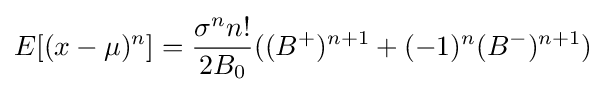
E[(x-\mu )^{n}]={\frac {\sigma ^{n}n!}{2B_{0}}}((B^{+})^{n+1}+(-1)^{n}(B^{-})^{n+1})